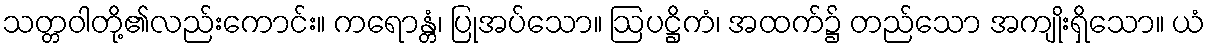
သတ္တဝါတို့၏လည်းကောင်း။ ကရောန္တံ၊ ပြုအပ်သော။ ဩပဋ္ဌိကံ၊ အထက်၌ တည်သော အကျိုးရှိသော။ ယံ